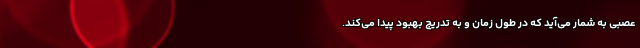
عصبی به شمار ‌می‌آید که در طول زمان و به تدریج بهبود پیدا می‌کند.